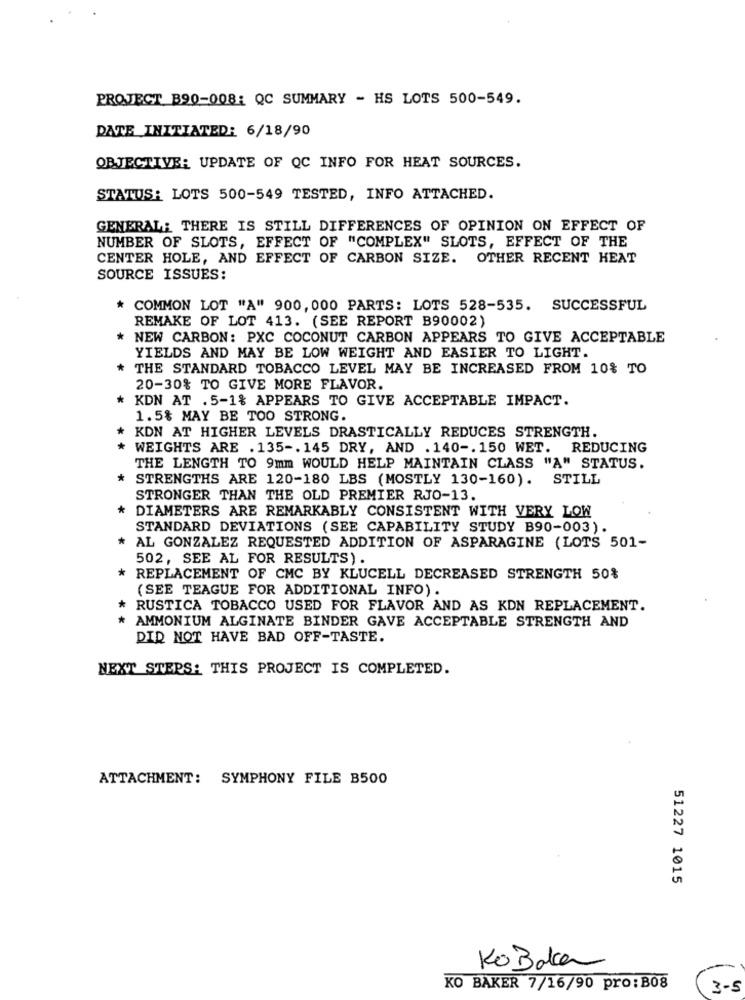
PROJECT B90-008: QC SUMMARY - HS LOTS 500-549.
DATE INITIATED: 6/18/90
OBJECTIVE: UPDATE OF QC INFO FOR HEAT SOURCES.
STATUS: LOTS 500-549 TESTED, INFO ATTACHED.
GENERALE THERE IS STILL DIFFERENCES OF OPINION ON EFFECT OF
NUMBER OF SLOTS, EFFECT OF "COMPLEX" SLOTS, EFFECT OF THE
CENTER HOLE, AND EFFECT OF CARBON SIZE. OTHER RECENT HEAT
SOURCE ISSUES:
* COMMON LOT "A" 900, 000 PARTS: LOTS 528-535. SUCCESSFUL
REMAKE OF LOT 413. (SEE REPORT B90002)
NEW CARBON: PXC COCONUT CARBON APPEARS TO GIVE ACCEPTABLE
YIELDS AND MAY BE LOW WEIGHT AND EASIER TO LIGHT.
THE STANDARD TOBACCO LEVEL MAY BE INCREASED FROM 10% TO
20-30% TO GIVE MORE FLAVOR.
KDN AT .5-1% APPEARS TO GIVE ACCEPTABLE IMPACT.
1.5% MAY BE TOO STRONG.
KDN AT HIGHER LEVELS DRASTICALLY REDUCES STRENGTH.
WEIGHTS ARE . 135 -. 145 DRY, AND . 140 -. 150 WET.
REDUCING
THE LENGTH TO 9mm WOULD HELP MAINTAIN CLASS "A" STATUS.
* STRENGTHS ARE 120-180 LBS (MOSTLY 130-160). STILL
STRONGER THAN THE OLD PREMIER RJO-13.
* DIAMETERS ARE REMARKABLY CONSISTENT WITH VERY LOW
STANDARD DEVIATIONS (SEE CAPABILITY STUDY B90-003).
AL GONZALEZ REQUESTED ADDITION OF ASPARAGINE (LOTS 501-
502, SEE AL FOR RESULTS) .
* REPLACEMENT OF CMC BY KLUCELL DECREASED STRENGTH 50%
(SEE TEAGUE FOR ADDITIONAL INFO).
* RUSTICA TOBACCO USED FOR FLAVOR AND AS KDN REPLACEMENT.
* AMMONIUM ALGINATE BINDER GAVE ACCEPTABLE STRENGTH AND
DID NOT HAVE BAD OFF-TASTE.
NEXT STEPS: THIS PROJECT IS COMPLETED.
ATTACHMENT: SYMPHONY FILE B500
51227 1015
Ko Baka
KO BAKER 7/16/90 pro:B08
3-5